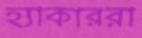
হ্যাকাররা